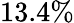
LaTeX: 13.4\%